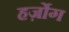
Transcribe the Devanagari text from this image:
हर्ज़ोग